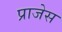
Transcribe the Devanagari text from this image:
प्राजेस